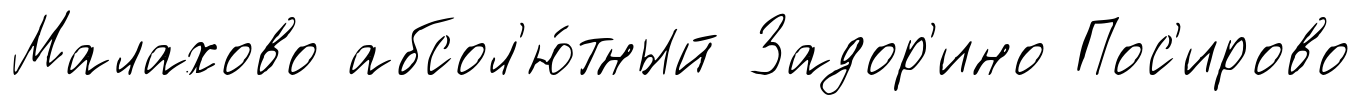
Малахово абсол'ю́тный Задор'ино Пос'ирово